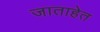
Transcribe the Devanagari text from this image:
जाताहेत